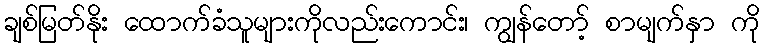
ချစ်မြတ်နိုး ထောက်ခံသူများကိုလည်းကောင်း၊ ကျွန်တော့် စာမျက်နှာ ကို